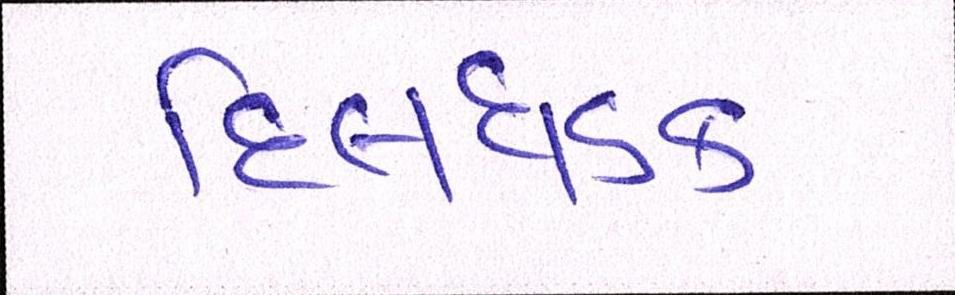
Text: દિલધડક